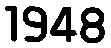
1948